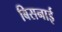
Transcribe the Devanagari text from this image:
बिसनाई